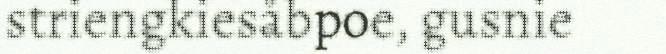
striengkiesåbpoe, gusnie